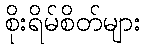
စိုးရိမ်စိတ်များ